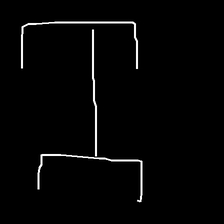
Glyph: entwine